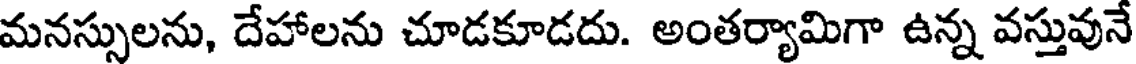
మనస్సులను, దేహాలను చూడకూడదు. అంతర్యామిగా ఉన్న వస్తువునే